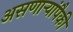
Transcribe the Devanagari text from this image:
असणाऱ्यांपैकी